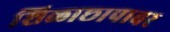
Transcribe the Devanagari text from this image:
शिळाछापावर